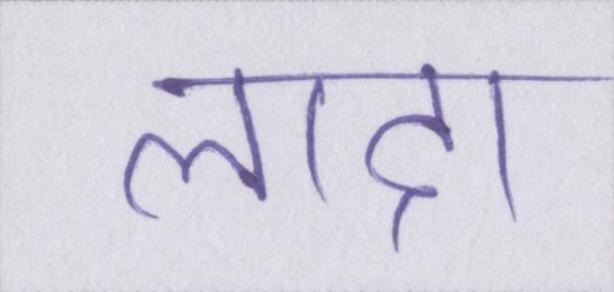
लादा